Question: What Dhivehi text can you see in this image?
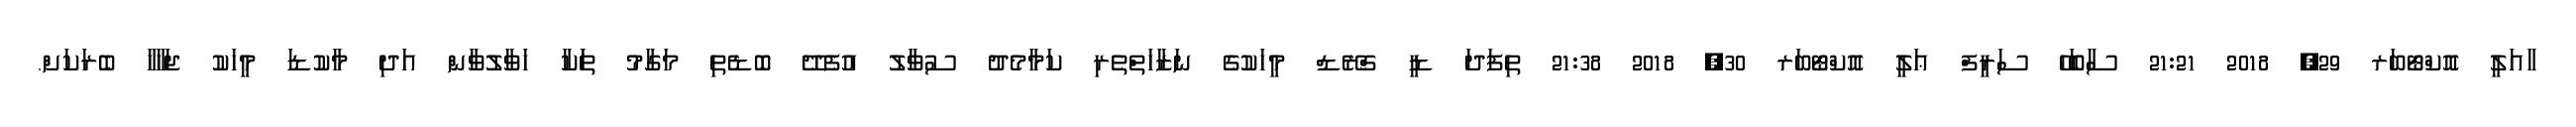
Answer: ާއަލީ އޮކްޓޯބަރ 29, 2018 21:21 ސާބަހޭ ސަރީފް ޢަލީ އޮކްޓޯބަރ 30, 2018 21:38 ތިފަދަ ޑީ ގްރޭޑް މީހަކުގެ ނަޒާހަތްތެރި ކަމާމެދު ސުވާލު އުފެދޭ ބޮޑެތި މަގާމު ތަަކާ ހަވާލުވާން އަދި މާކުޑަ މީހަކު ޖަހާހާ ބެރަކަށް.